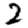
Digit: 2